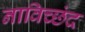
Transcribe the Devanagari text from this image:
नाविच्छंद